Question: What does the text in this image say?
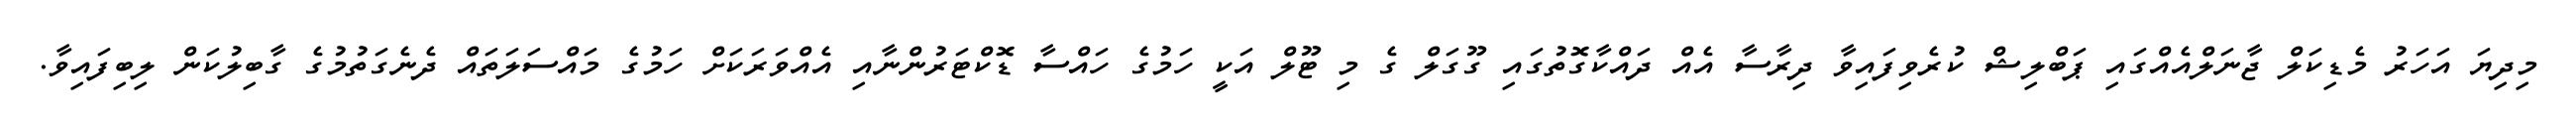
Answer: މިދިޔަ އަހަރު މެޑިކަލް ޖާނަލްއެއްގައި ޕަބްލިޝް ކުރެވިފައިވާ ދިރާސާ އެއް ދައްކާގޮތުގައި ގޫގަލް ގެ މި ޓޫލް އަކީ ހަމުގެ ހައްސާ ޑޮކްޓަރުންނާއި އެއްވަރަކަށް ހަމުގެ މައްސަލަތައް ދެނެގަތުމުގެ ގާބިލުކަން ލިބިފައިވާ.